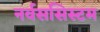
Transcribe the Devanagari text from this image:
नर्वससिस्टम